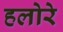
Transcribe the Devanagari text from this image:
हलोरे